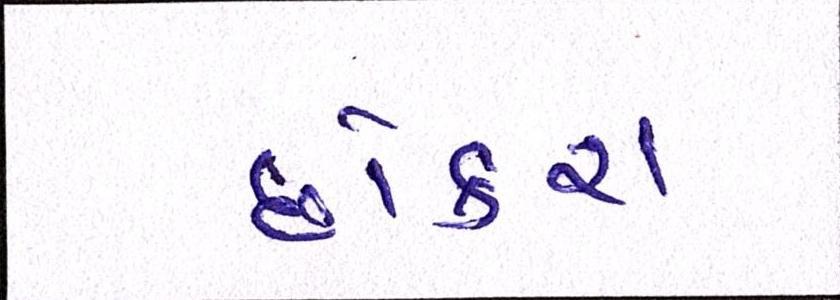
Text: છોકરા